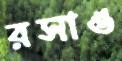
রসাও